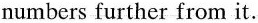
numbers further from it.